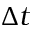
\Delta t